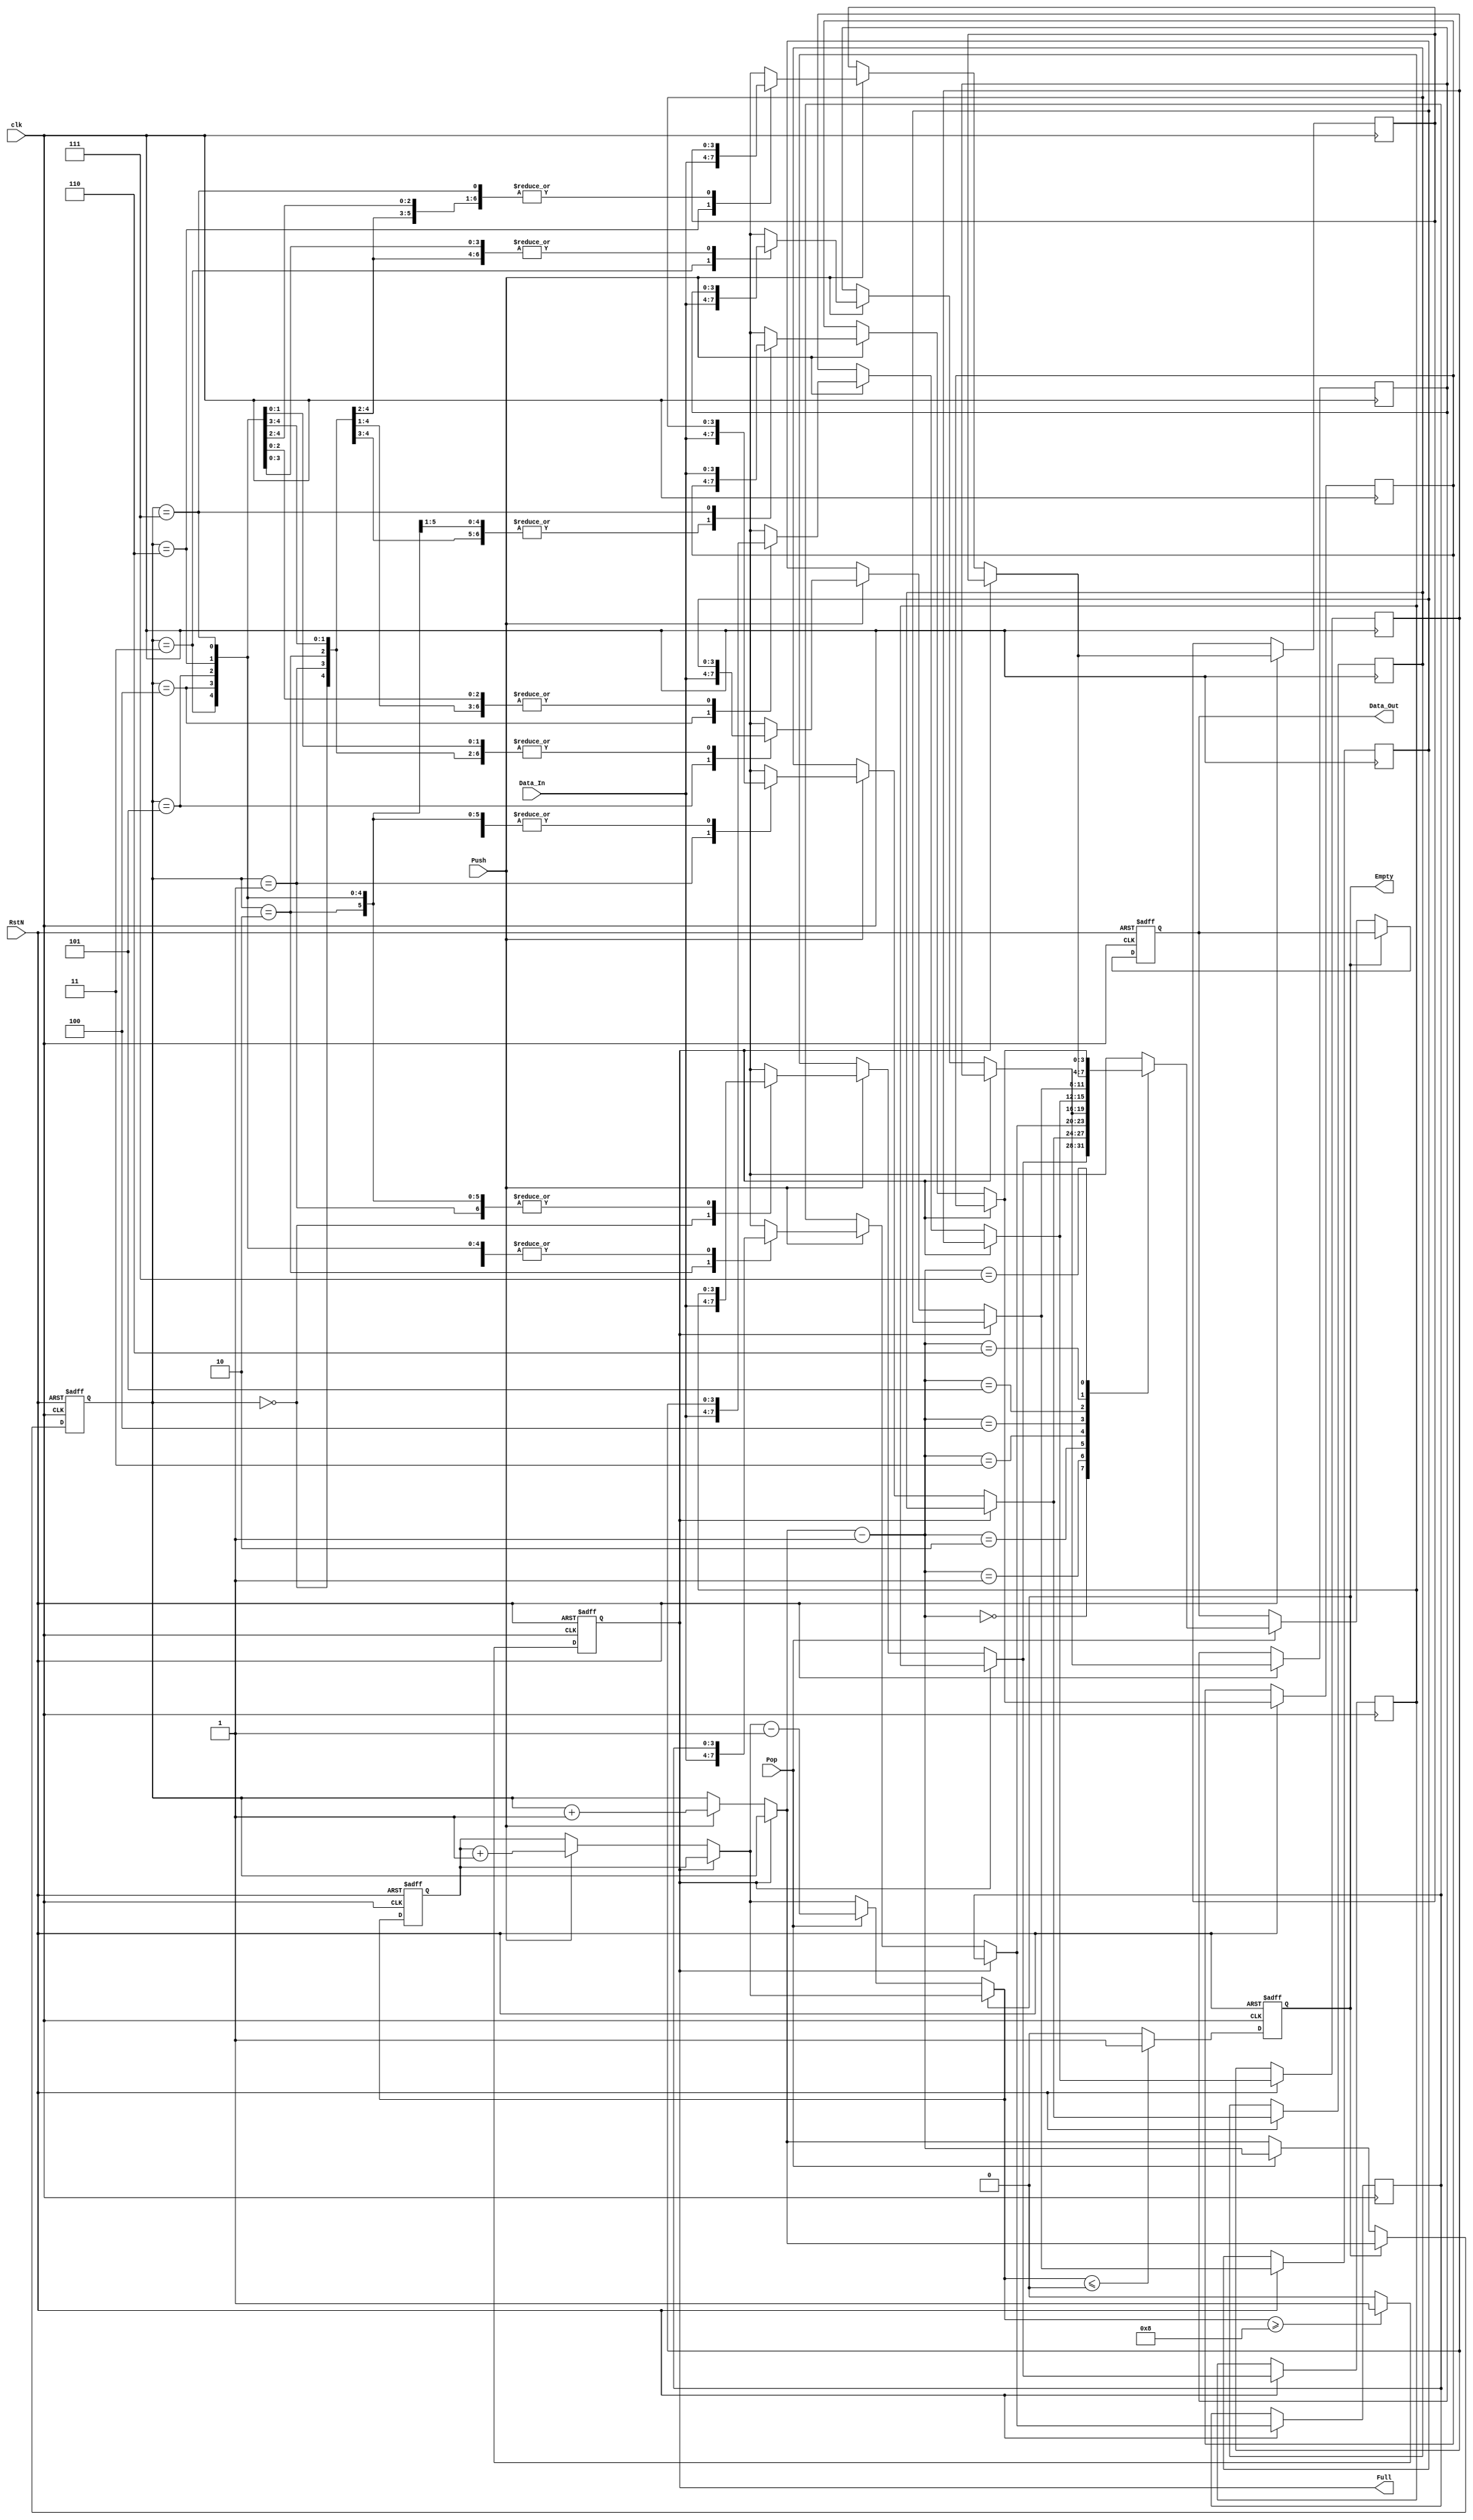
module stack(Data_Out, Full, Empty, clk, RstN, Data_In, Push, Pop);
output reg[3:0] Data_Out;
output reg Full, Empty;
input clk, RstN, Push, Pop;
input wire[3:0] Data_In;
reg[3:0] stack [7:0];
reg[2:0] head = 3'b0;
reg[3:0] used = 4'b0;

parameter SIZE = 8;

always @(posedge clk or negedge RstN)
begin
	if (RstN == 1'b0)
	begin
		head = 3'b0;
		used = 4'b0;
		Empty = 1'b1;
		Full = 1'b0;
		Data_Out = 4'b0;
	end
	else
	begin
		if (Full == 1'b0)
		begin
			if (Push == 1'b1)
			begin
				stack[head] = Data_In;
				head = head + 1;
				used = used + 1;
			end
		end
		if (Empty == 1'b0)
		begin
			if (Pop == 1'b1)
			begin
				Data_Out = stack[head-1];
				head = head - 1;
				used = used - 1;
			end
		end
		if (used >= SIZE)
		begin
			Full = 1'b1;
		end
		else
		begin
			Full = 1'b0;
		end
		if (used <= 0)
		begin
			Empty = 1'b1;
		end
		else
		begin
			Empty = 1'b0;
		end
	end
end
endmodule